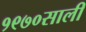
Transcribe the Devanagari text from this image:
१९७०साली